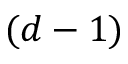
( d - 1 )